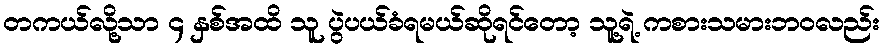
တကယ်လို့သာ ၄ နှစ်အထိ သူ ပွဲပယ်ခံရမယ်ဆိုရင်တော့ သူ့ရဲ့ ကစားသမားဘ၀လည်း